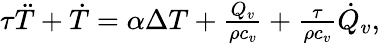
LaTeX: \begin{array}{r}{\tau\ddot{T}+\dot{T}=\alpha\Delta T+\frac{Q_{v}}{\rho c_{v}}+\frac{\tau}{\rho c_{v}}\dot{Q}_{v},}\end{array}